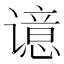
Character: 𰶊